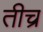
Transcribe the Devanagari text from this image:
तीच्र